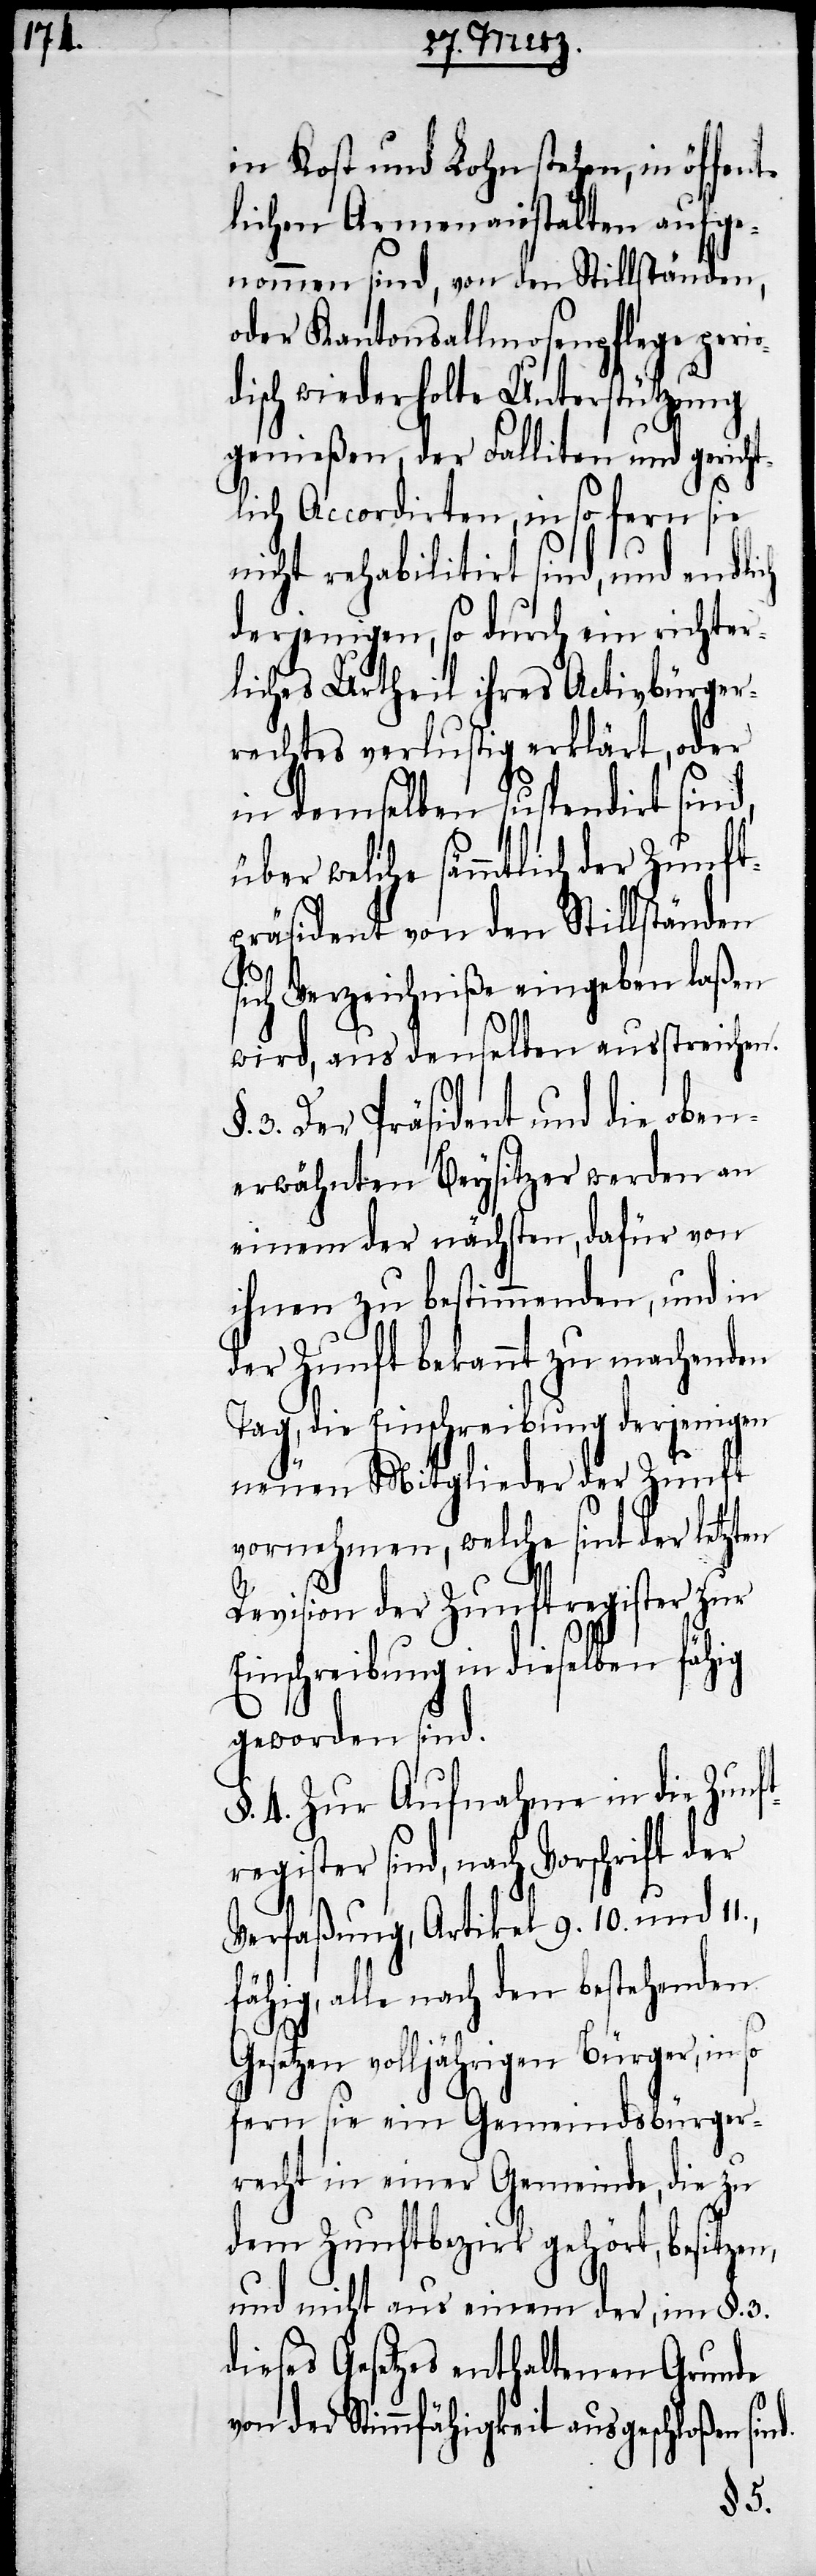
nt¬

in Kost und Lohne stehen, in öffe¬
lichen Armenanstalten aufge¬
nommen sind, von den Stillständen,
oder Kantonsallmosenpflege perio¬
disch wiederholte Unterstützung
genießen, der Falliten und gericht¬
lich Accordirten, in so fern sie
nicht rehabilitirt sind, und endlich
derjenigen, so durch ein richter¬
liches Urtheil ihres Activbürger¬
rechtes verlustig erklärt, oder
in demselben suspendirt sind,
über welche sämmtlich der Zunft¬
präsident von den Stillständen
sich Verzeichniße eingeben laßen
wird, aus denselben ausstreichen.
3. Der Präsident und die oben¬
erwähnten Beysitzer werden an
einem der nächsten, dafür von
ihnen zu bestimmenden, und in
der Zunft bekannt zu machenden
Tag, die Einschreibung derjenigen
neuen Mitglieder der Zunft
vornehmen, welche sint der letzten
Revision der Zunftregister zur
Einschreibung in dieselben fähig
geworden sind.
§. 4. Zur Aufnahme in die Zunf¬
tregister sind, nach Vorschrift der
Verfaßung, Artikel 9. 10. und
fähig, alle nach den bestehenden
Gesetzen volljährigen Bürger, in so
fern sie ein Gemeindsbürger¬
recht in einer Gemeinde, die zu
dem Zunftbezirk gehört, besitzen,
und nicht aus einem der, im §. 3.
dieses Gesetzes enthaltenen Grunde
von der Stimmfähigkeit ausgeschloßen